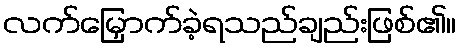
လက်မြှောက်ခဲ့ရသည်ချည်းဖြစ်၏။